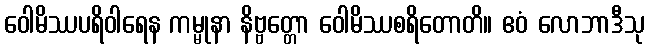
ဝေါမိဿပရိဝါရေန ကမ္မုနာ နိဗ္ဗတ္တော ဝေါမိဿစရိတောတိ။ ဧဝံ လောဘာဒီသု